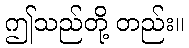
ဤသည်တို့ တည်း။